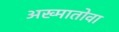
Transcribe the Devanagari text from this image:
अख्मातोवा